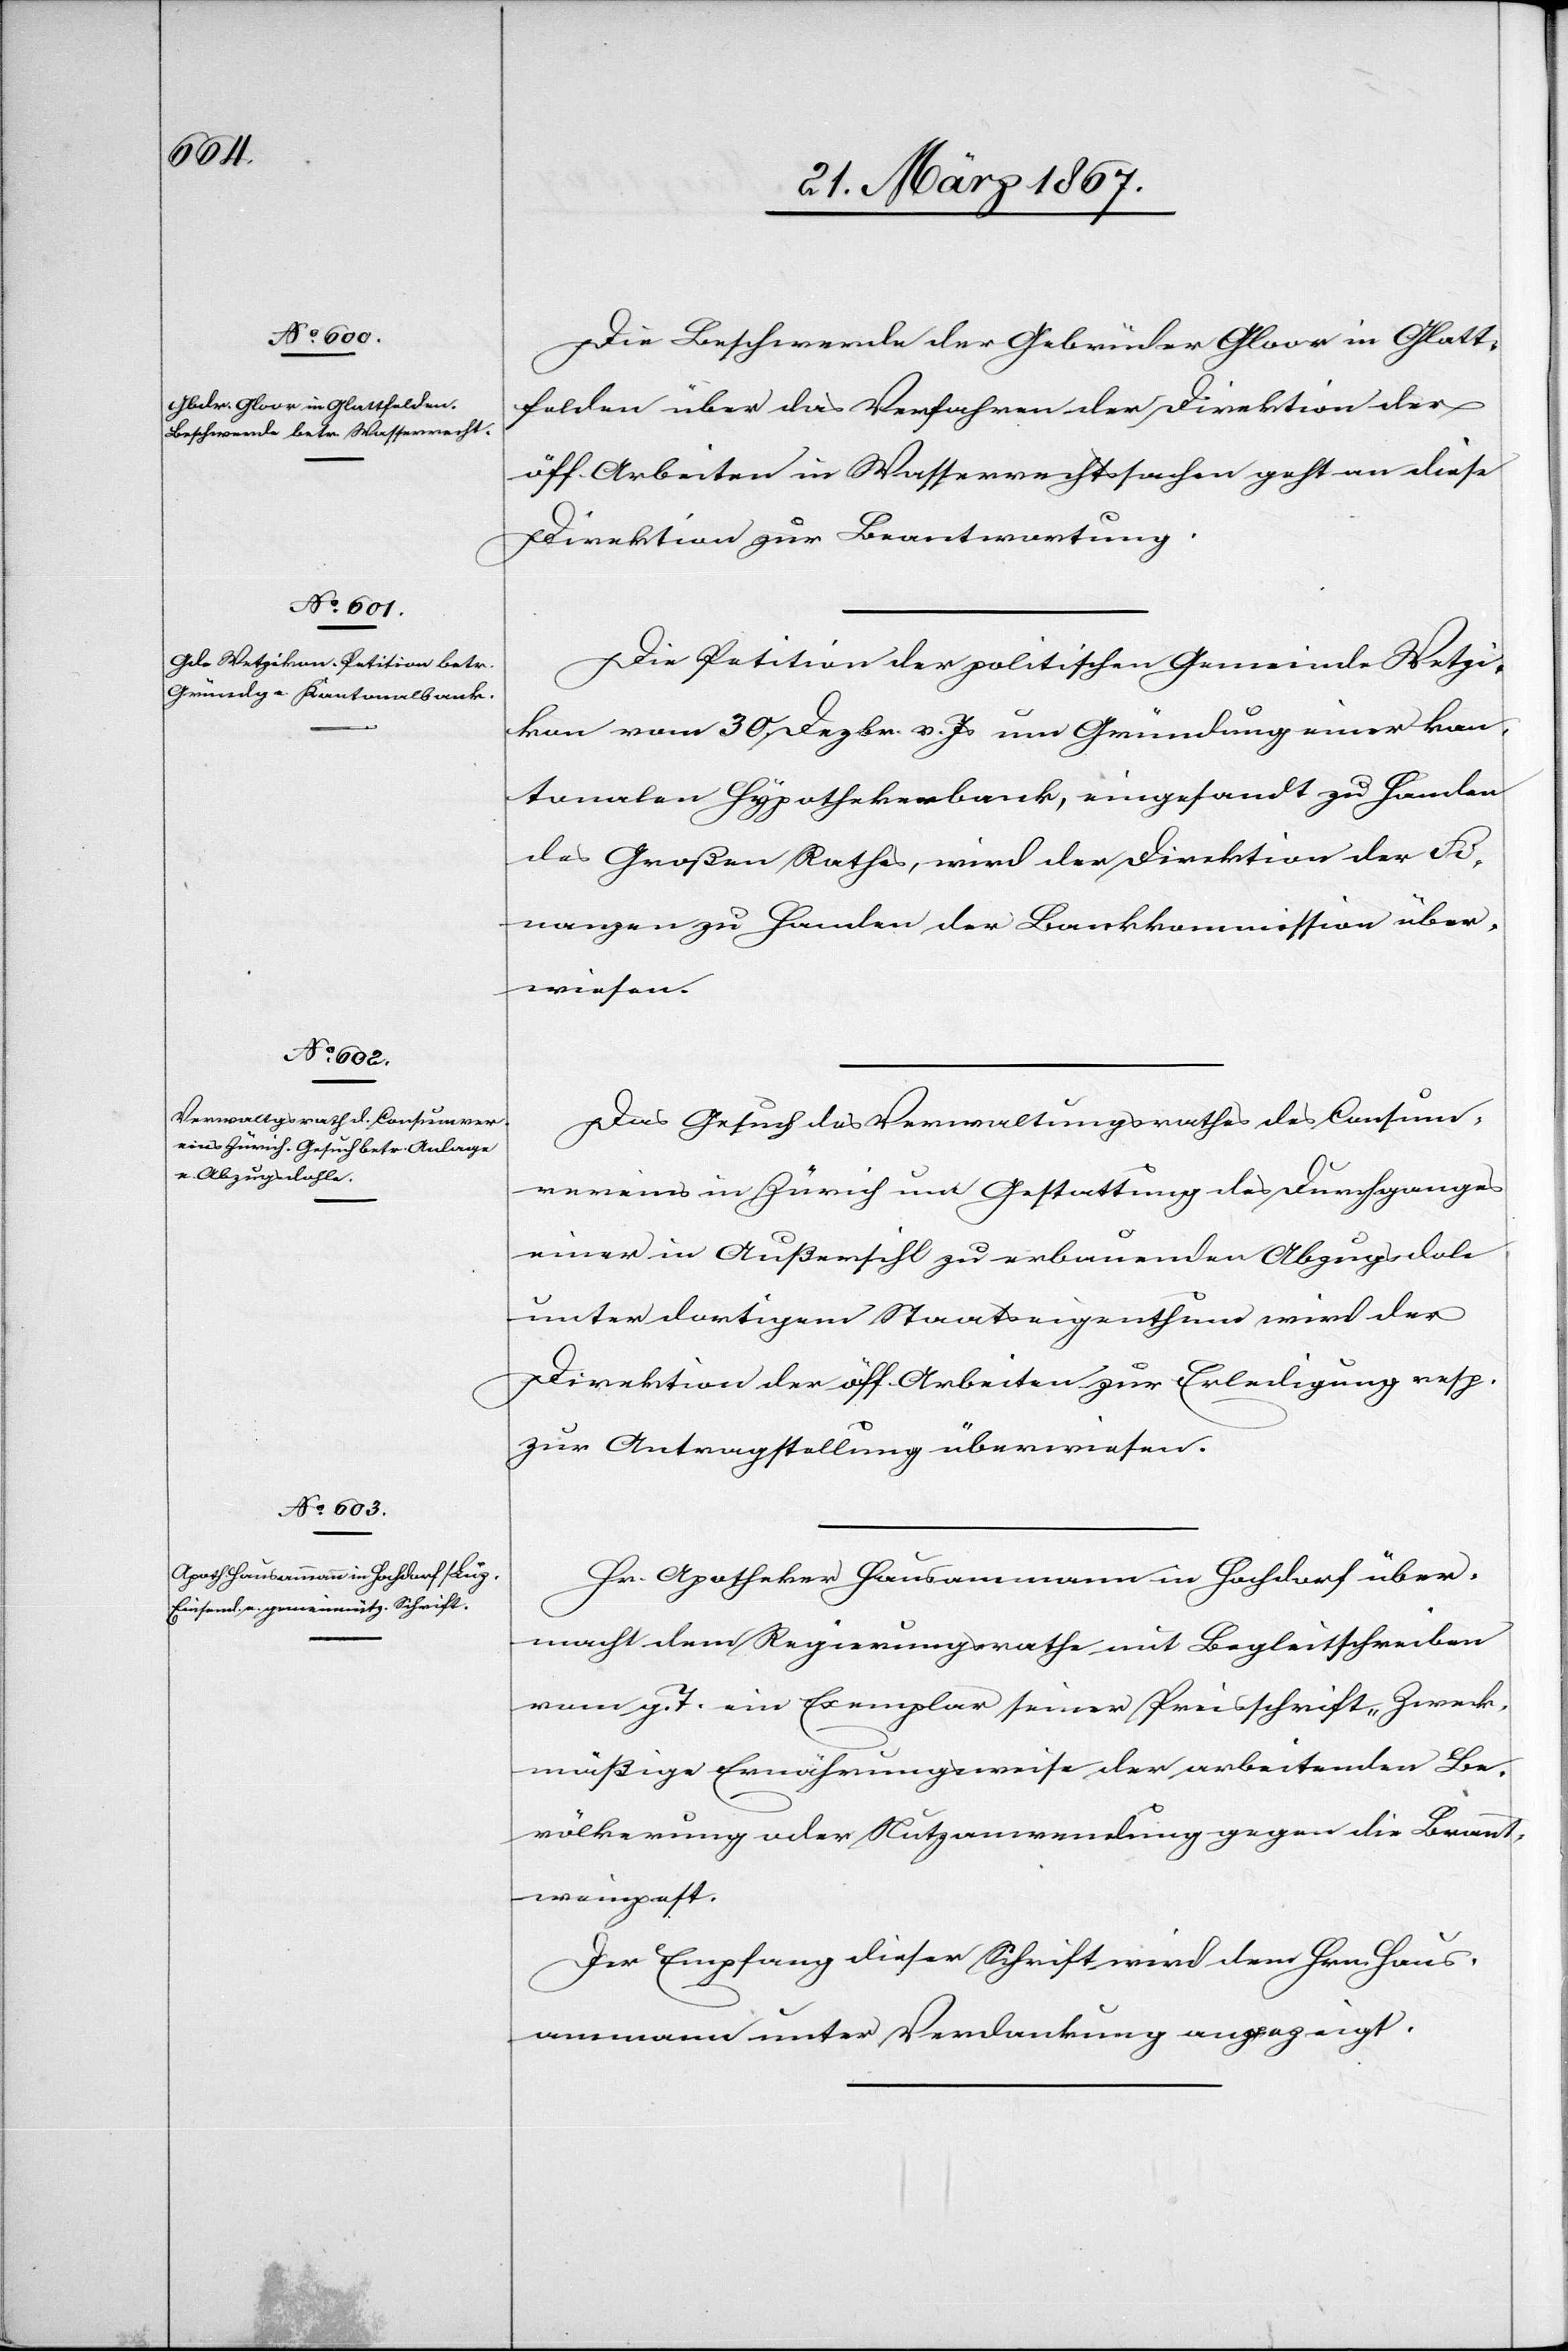
29. März 1867.]
Die Beschwerde der Gebrüder Gloor in Glatt¬
felden über das Verfahren der Direktion der
öff. Arbeiten in Wasserrechtssachen geht an diese
Direktion zur Beantwortung.
Die Petition der politischen Gemeinde Wetzi¬
kon vom 30. Dezbr. v. Js um Gründung einer kan¬
tonalen Hypothekenbank, eingesandt zu Handen
des Großen Rathes, wird der Direktion der Fi¬
nanzen zu Handen der Bankkommission über¬
wiesen.
Das Gesuch des Verwaltungsrathes des Consum¬
vereins in Zürich um Gestattung des Durchganges
einer in Außersihl zu erbauenden Abzugsdole
unter dortigem Staatseigenthum wird der
Direktion der öff. Arbeiten zur Erledigung resp.
zur Antragstellung überwiesen.
Hr. Apotheker Hausammann in Hochdorf über¬
macht dem Regierungsrathe mit Begleitschreiben
vom g. T. ein Exemplar seiner Preisschrift „Zweck¬
mäßige Ernährungsweise der arbeitenden Be¬
völkerung oder Nutzanwendung gegen die Brannt¬
weinpest.[“]
Der Empfang dieser Schrift wird dem Hrn. Haus¬
ammann unter Verdankung angezeigt.